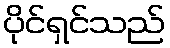
ပိုင်ရှင်သည်